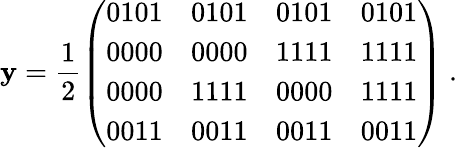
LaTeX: \mathbf{y}=\frac{{1}}{{2}}\left(\begin{array}{cccc}{{0101}}&{{0101}}&{{0101}}&{{0101}}\\ {{0000}}&{{0000}}&{{1111}}&{{1111}}\\ {{0000}}&{{1111}}&{{0000}}&{{1111}}\\ {{0011}}&{{0011}}&{{0011}}&{{0011}}\end{array}\right)\ .